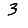
Digit: 3